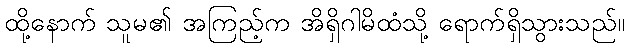
ထို့နောက် သူမ၏ အကြည့်က အိရှိဂါမိထံသို့ ရောက်ရှိသွားသည်။